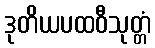
ဒုတိယပထဝီသုတ္တံ